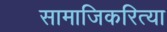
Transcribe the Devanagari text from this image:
सामाजिकरित्या